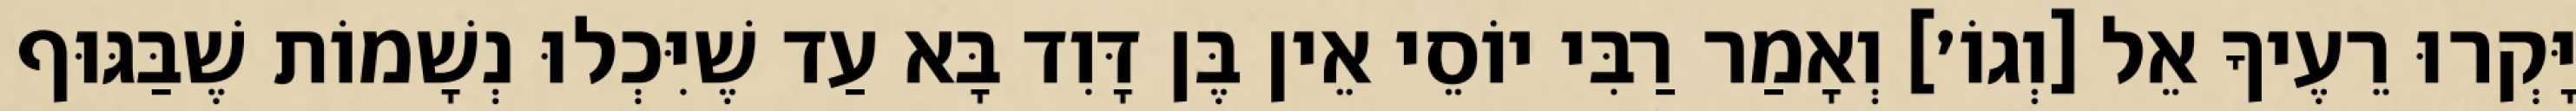
יָּקְרוּ רֵעֶיךָ אֵל [וְגוֹ׳] וְאָמַר רַבִּי יוֹסֵי אֵין בֶּן דָּוִד בָּא עַד שֶׁיִּכְלוּ נְשָׁמוֹת שֶׁבַּגּוּף